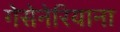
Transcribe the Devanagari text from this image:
गेसेनेरियाना